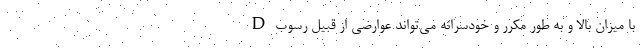
D با میزان بالا و به طور مکرر و خودسرانه می‌تواند عوارضی از قبیل رسوب